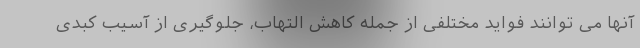
آنها می توانند فواید مختلفی از جمله کاهش التهاب، جلوگیری از آسیب کبدی